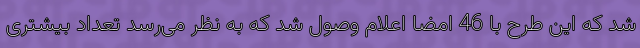
شد که این طرح با 46 امضا اعلام وصول شد که به نظر می‌رسد تعداد بیشتری